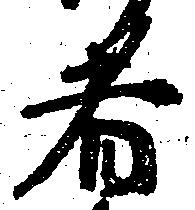
者